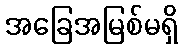
အခြေအမြစ်မရှိ